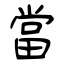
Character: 當